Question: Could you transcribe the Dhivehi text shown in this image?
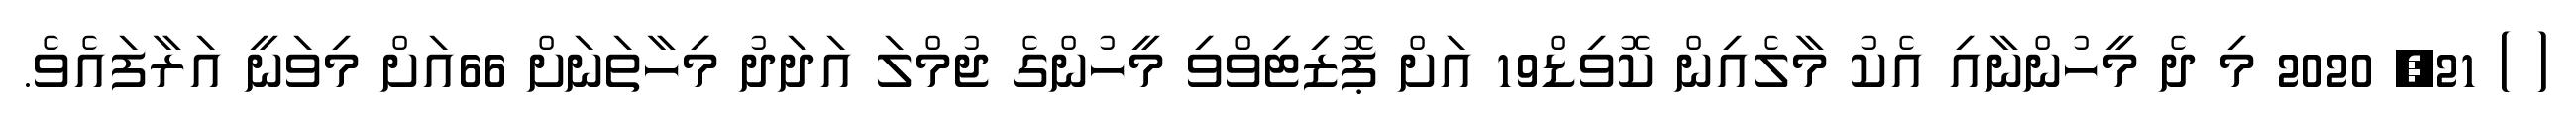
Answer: ( ) 21, 2020 މި ދެ މީހުންނާއި އެކު މާލެއިން ކޮވިޑް19 އަށް ޕޮޒިޓިވްވި މީހުންގެ ޖުމްލަ އަދަދު މިހާތަނަށް 66އަށް މިވަނީ އަރާފައެވެ.